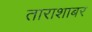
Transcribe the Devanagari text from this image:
ताराशाबर